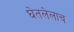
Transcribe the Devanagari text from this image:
घेतलेलाच